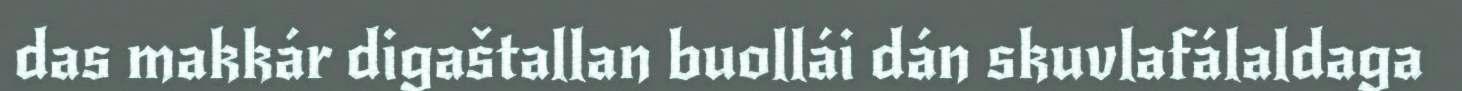
das makkár digaštallan buollái dán skuvlafálaldaga